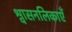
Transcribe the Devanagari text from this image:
श्वासनलिकाएँ